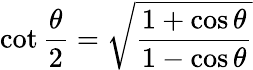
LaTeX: \cot\frac{\theta}{2}=\sqrt{\frac{1+\cos\theta}{1-\cos\theta}}